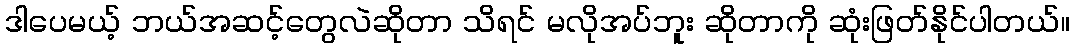
ဒါပေမယ့် ဘယ်အဆင့်တွေလဲဆိုတာ သိရင် မလိုအပ်ဘူး ဆိုတာကို ဆုံးဖြတ်နိုင်ပါတယ်။